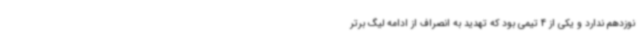
نوزدهم ندارد و یکی از 4 تیمی بود که تهدید به انصراف از ادامه لیگ برتر